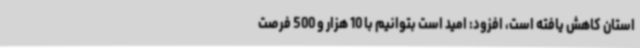
استان کاهش یافته است، افزود: امید است بتوانیم با 10 هزار و 500 فرصت